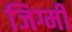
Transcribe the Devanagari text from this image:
जिग्मी